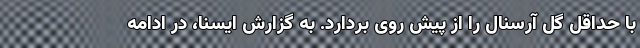
با حداقل گل آرسنال را از پیش روی بردارد. به گزارش ایسنا، در ادامه